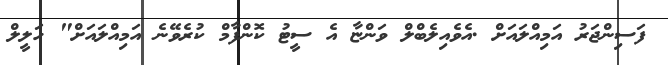
ފަސިންޖަރު އަމިއްލައަށް .އެވެއިލެބްލް ވަންޏާ އެ ސީޓު ކޮންފާމް ކުރެވޭނެ އަމިއްލައަށް" ހަލީލް